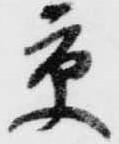
京